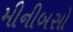
મીનીબસો